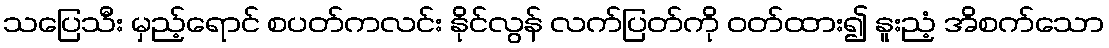
သပြေသီး မှည့်ရောင် စပတ်ကလင်း နိုင်လွန် လက်ပြတ်ကို ဝတ်ထား၍ နူးညံ့ အိစက်သော